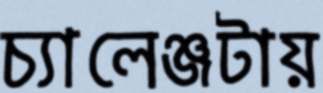
চ্যালেঞ্জটায়